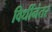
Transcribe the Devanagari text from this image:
विधींनंतर